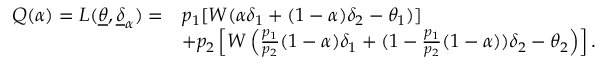
\begin{array} { r l } { Q ( \alpha ) = L ( \underline { { \theta } } , \underline { { \delta } } _ { \alpha } ) = } & { p _ { 1 } [ W ( \alpha \delta _ { 1 } + ( 1 - \alpha ) \delta _ { 2 } - \theta _ { 1 } ) ] } \\ & { + p _ { 2 } \left[ W \left( \frac { p _ { 1 } } { p _ { 2 } } ( 1 - \alpha ) \delta _ { 1 } + ( 1 - \frac { p _ { 1 } } { p _ { 2 } } ( 1 - \alpha ) ) \delta _ { 2 } - \theta _ { 2 } \right) \right] . } \end{array}